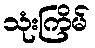
သုံးကြိမ်